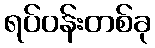
ရပ်ဝန်းတစ်ခု